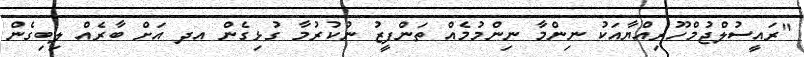
"ރައީސުލްޖުމްހޫރިއްޔާއަކު ނިންމާ ނިންމުމެއް ތަންފީޒު ނުކުރުމާ ގުޅިގެން އދ އަށް ބާރެއް ލިބިގެން